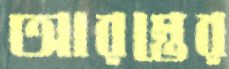
আরম্ভের